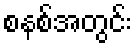
စနစ်အတွင်း